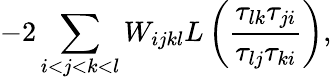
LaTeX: -2\sum_{i<j<k<l}W_{ijkl}L\left(\frac{\tau_{lk}\tau_{ji}}{\tau_{lj}\tau_{ki}}\right),